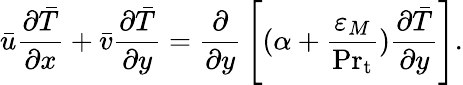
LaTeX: {\bar{u}}{\frac{\partial{\bar{T}}}{\partial x}}+{\bar{v}}{\frac{\partial{\bar{T}}}{\partial y}}={\frac{\partial}{\partial y}}\left[(\alpha+{\frac{\varepsilon_{M}}{\mathrm{Pr}_{\mathrm{t}}}}){\frac{\partial{\bar{T}}}{\partial y}}\right].